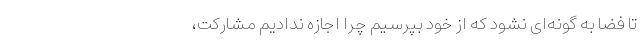
تا فضا به گونه‌ای نشود که از خود بپرسیم چرا اجازه ندادیم مشارکت،